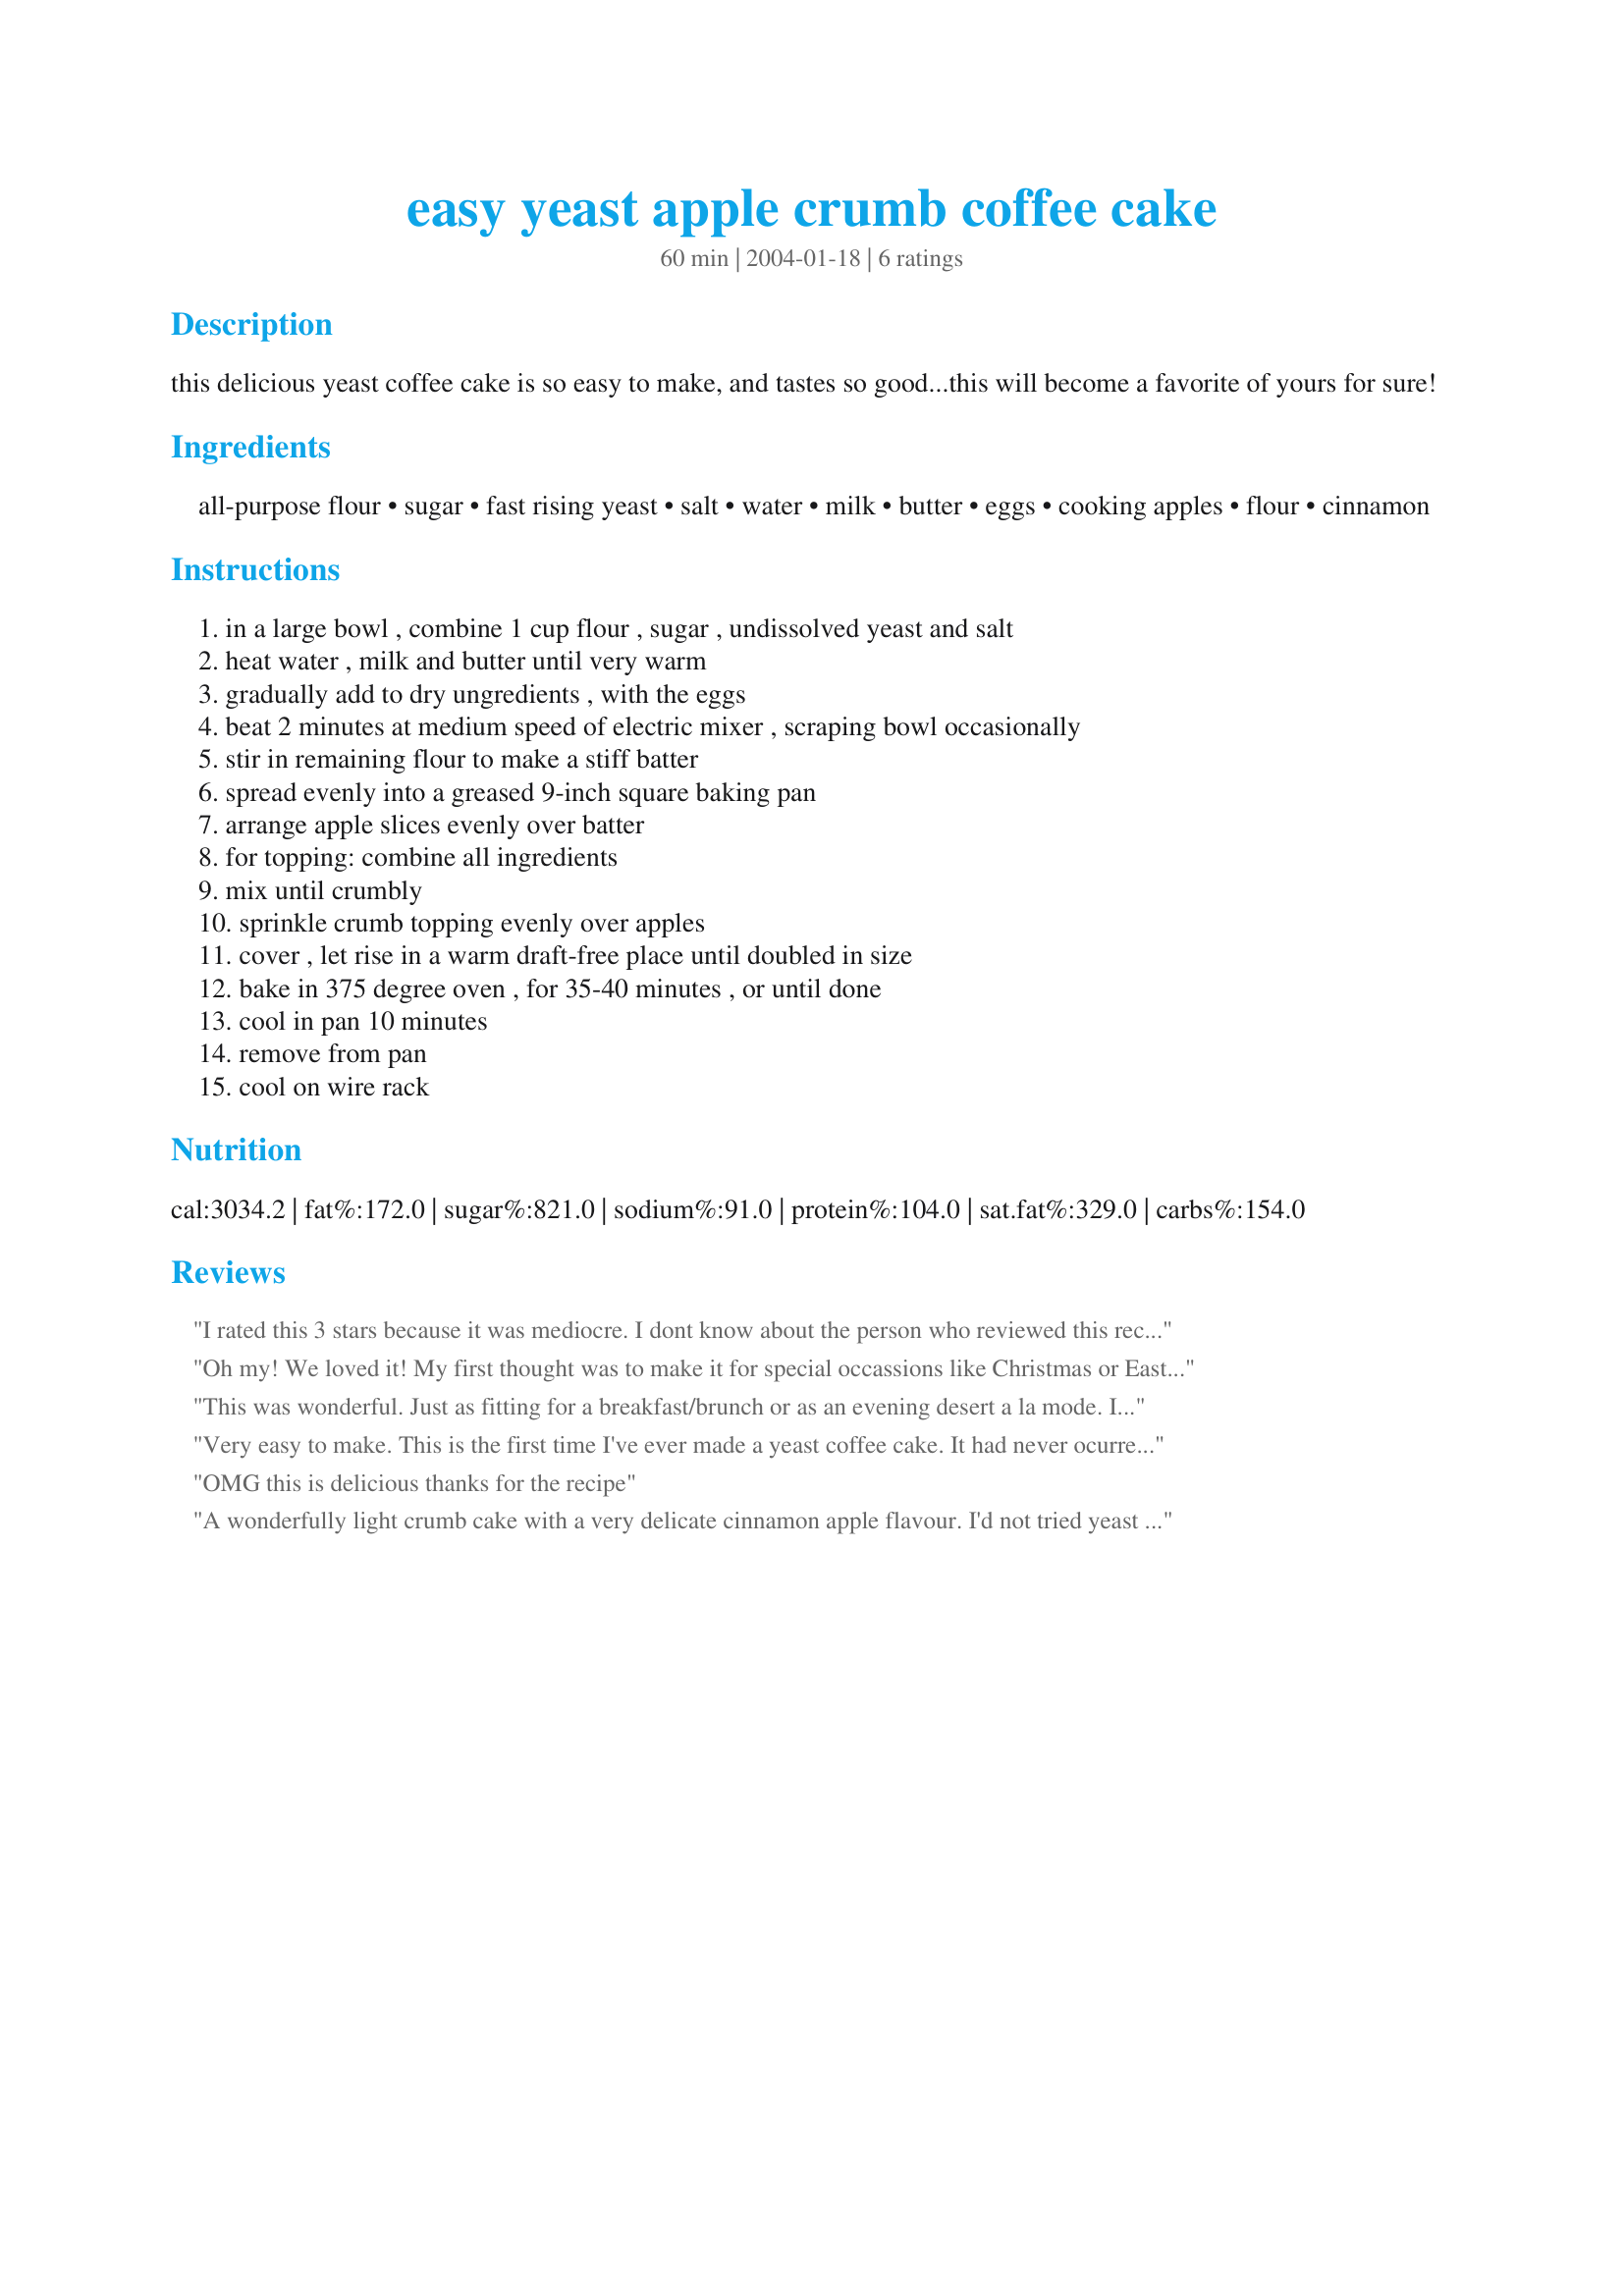
easy yeast apple crumb coffee cake
Preparation time: 60 minutes

this delicious yeast coffee cake is so easy to make, and tastes so good...this will become a favorite of yours for sure!

Ingredients:
all-purpose flour, sugar, fast rising yeast, salt, water, milk, butter, eggs, cooking apples, flour, cinnamon

Steps:
in a large bowl , combine 1 cup flour , sugar , undissolved yeast and salt, heat water , milk and butter until very warm, gradually add to dry ungredients , with the eggs, beat 2 minutes at medium speed of electric mixer , scraping bowl occasionally, stir in remaining flour to make a stiff batter, spread evenly into a greased 9-inch square baking pan, arrange apple slices evenly over batter, for topping: combine all ingredients, mix until crumbly, sprinkle crumb topping evenly over apples, cover , let rise in a warm draft-free place until doubled in size, bake in 375 degree oven , for 35-40 minutes , or until done, cool in pan 10 minutes, remove from pan, cool on wire rack

Reviews:
I rated this 3 stars because it was mediocre. I dont know about the person who reviewed this recipe as "wonderfully light" because mine turned out heavy as a brick. And I am a pretty experienced baker, and bake bread frequently, so I am quite sure I didnt make a mistake. The topping was fine and tasty, but the taste of the cake was very bland and floury, as if there is just too much flour in the recipe. If I were to make this again, I would probably cut the extra 1/4 cup of flour at least. I was amazed that this turned out so tasteless because I even added some butter flavor to the dough because I had a feeling it might need some punch to it. My guy is a big eater and easy to please, and he said it was good, but he also said he would only need one piece because it was so filling. I would say it was like a apple cinnamon topped ciabatta/bagel bread...it had huge holes in it from the yeast so I know it raised enough. I guess if you are someone who likes dense, chewy breads, you might like this...but I would recommend that you double the streusel and maybe add a layer between two halves of dough, because you will find yourself wanting to eat the top and leave the bottom...lol!
Oh my! We loved it! My first thought was to make it for special occassions like Christmas or Easter mornings, but it's too good and way too easy for that! This goes in my favorites file! I think next time, I'll try doubling the crumb mixture so I can add a layer in the middle too. Awesome!
This was wonderful. Just as fitting for a breakfast/brunch or as an evening desert a la mode. I doubled the recipe and put in a 9 by 13 pan. Fit fine but the apples were slightly above rim. But as good as my grandmother could make and she was the best. Thanks for this great recipe. It's a keeper,
Very easy to make. This is the first time I've ever made a yeast coffee cake. It had never ocurred to me....I guess I am so sheltered....lol!
OMG this is delicious thanks for the recipe
A wonderfully light crumb cake with a very delicate cinnamon apple flavour. I'd not tried yeast crumb cake before, and I'm very glad I did! I'm with Lisa, I'm doubling the crumb topping next time and adding a middle layer! Thanks, Kit! Tagged for 1-2-3 Hits.
